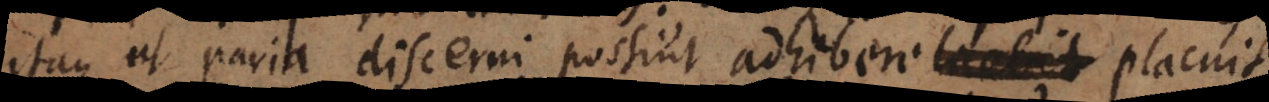
Itaque ut paria discerni possint adhibere licebit